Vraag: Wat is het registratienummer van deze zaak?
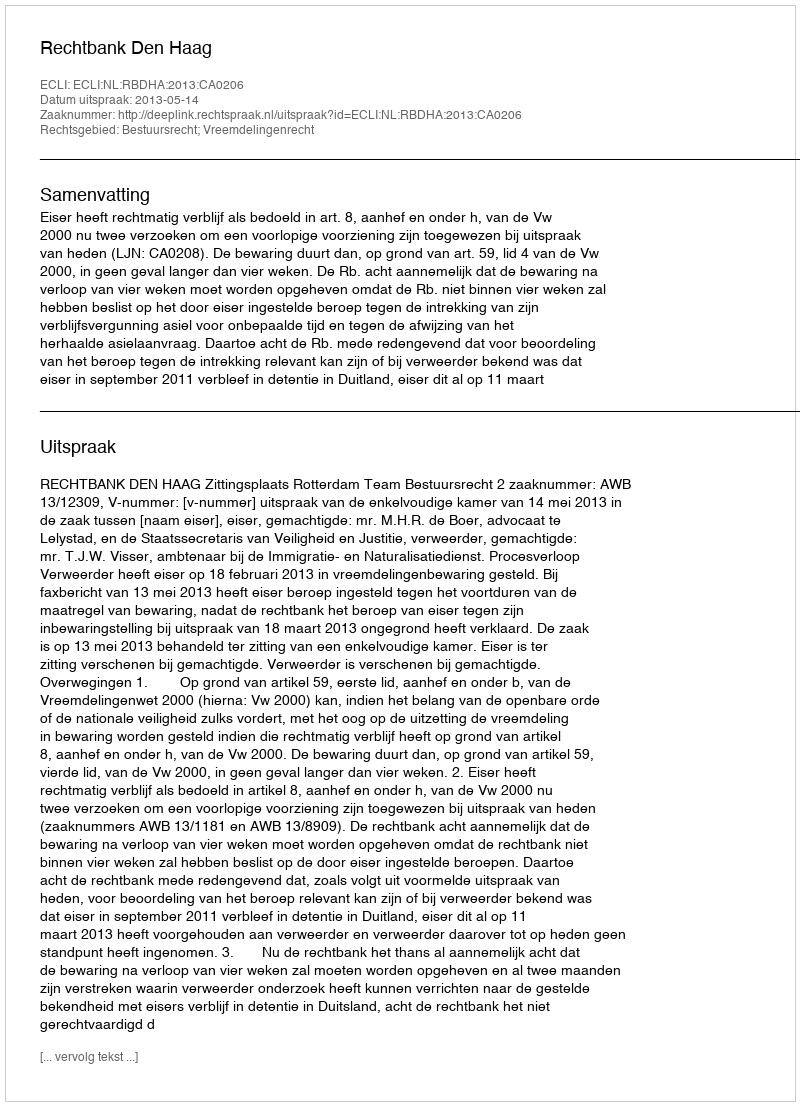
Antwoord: http://deeplink.rechtspraak.nl/uitspraak?id=ECLI:NL:RBDHA:2013:CA0206